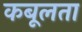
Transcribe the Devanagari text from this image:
कबूलता